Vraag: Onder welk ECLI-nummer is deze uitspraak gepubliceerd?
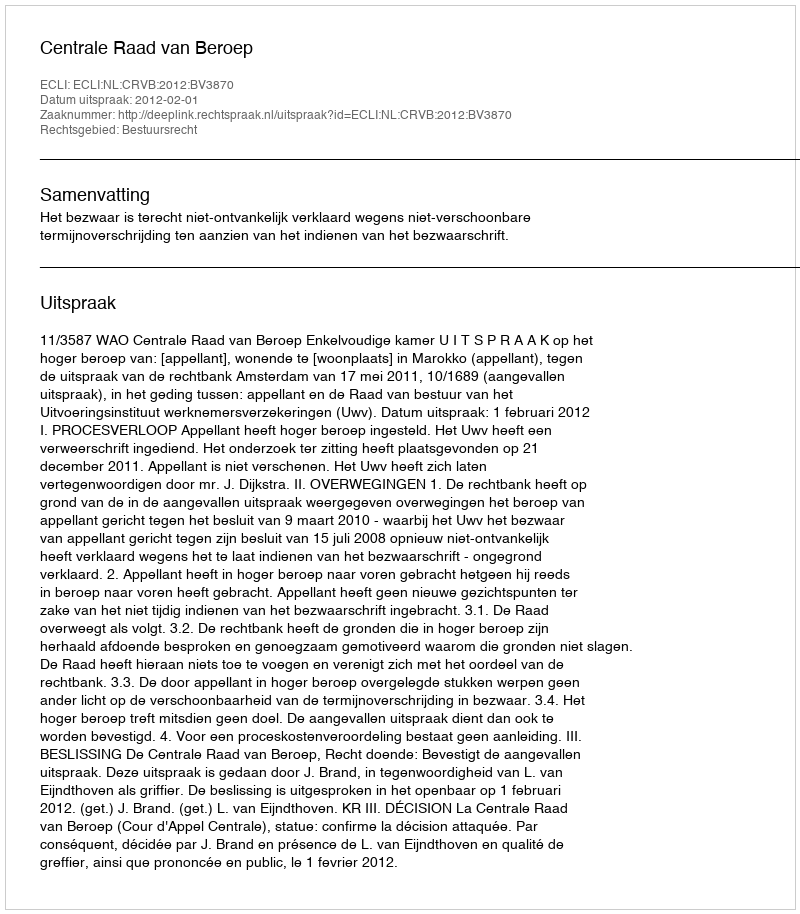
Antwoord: ECLI:NL:CRVB:2012:BV3870